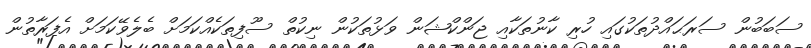
ސަބަބުން ސަރަޙައްދުތަކުގައި ހުރި ކާނުތަކާއި ޖަންކްޝަން ވަޅުތަކުން ނިކުތް ސޫފިތަކެއްކަމަށް ބެލެވޭކަމަށް އެފަރާތުން